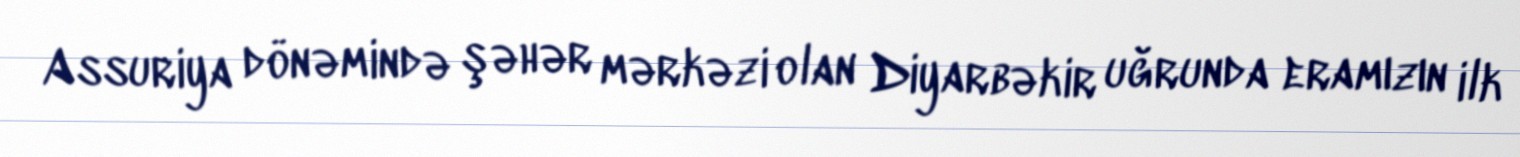
Assuriya dönəmində şəhər mərkəzi olan Diyarbəkir uğrunda eramızın ilk